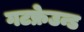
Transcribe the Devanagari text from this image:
गटफ्रेउन्ड